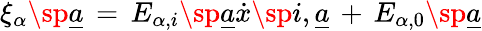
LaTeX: \xi_{\alpha}\sp{\underline{{{a}}}}\, =\, E_{\alpha,i}\sp{\underline{{{a}}}}\dot{x}\sp{i,\underline{{{a}}}}\, +\, E_{\alpha,0}\sp{\underline{{{a}}}}